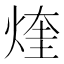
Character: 煃